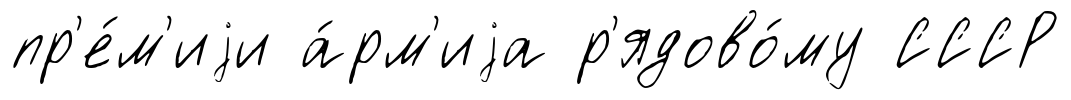
пр'е́м'иjи а́рм'иjа р'ядово́му СССР